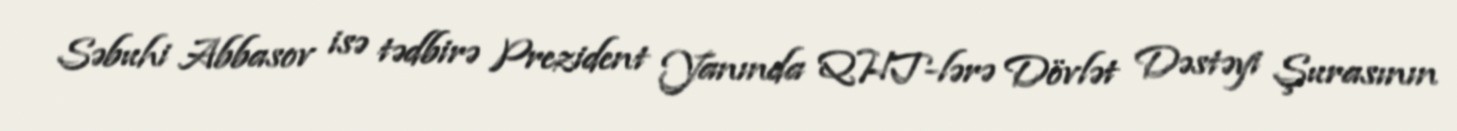
Səbuhi Abbasov isə tədbirə Prezident Yanında QHT-lərə Dövlət Dəstəyi Şurasının